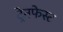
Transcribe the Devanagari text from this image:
ट्रेनफेस्ट